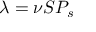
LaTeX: \lambda = \nu S P _ { s }